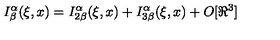
I _ { \beta } ^ { \alpha } ( \xi , x ) = I _ { 2 \beta } ^ { \alpha } ( \xi , x ) + I _ { 3 \beta } ^ { \alpha } ( \xi , x ) + O [ \Re ^ { 3 } ]